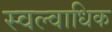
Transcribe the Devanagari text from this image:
स्वल्वाधिक